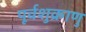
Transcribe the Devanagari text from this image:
पूर्वशुक्राणु